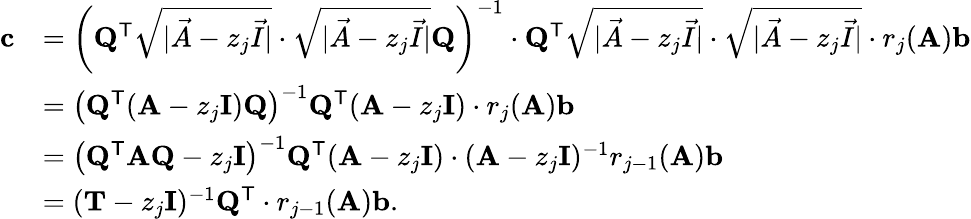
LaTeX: \begin{array}{rl}{\mathbf{c}}&{=\left(\mathbf{Q}^{\mathsf{T}}\sqrt{|\vec{A}-z_{j}\vec{I}|}\cdot\sqrt{|\vec{A}-z_{j}\vec{I}|}\mathbf{Q}\right)^{-1}\cdot\mathbf{Q}^{\mathsf{T}}\sqrt{|\vec{A}-z_{j}\vec{I}|}\cdot\sqrt{|\vec{A}-z_{j}\vec{I}|}\cdot r_{j}(\mathbf{A})\mathbf{b}}\\ &{=\left(\mathbf{Q}^{\mathsf{T}}(\mathbf{A}-z_{j}\mathbf{I})\mathbf{Q}\right)^{-1}\mathbf{Q}^{\mathsf{T}}(\mathbf{A}-z_{j}\mathbf{I})\cdot r_{j}(\mathbf{A})\mathbf{b}}\\ &{=\left(\mathbf{Q}^{\mathsf{T}}\mathbf{A}\mathbf{Q}-z_{j}\mathbf{I}\right)^{-1}\mathbf{Q}^{\mathsf{T}}(\mathbf{A}-z_{j}\mathbf{I})\cdot(\mathbf{A}-z_{j}\mathbf{I})^{-1}r_{j-1}(\mathbf{A})\mathbf{b}}\\ &{=(\mathbf{T}-z_{j}\mathbf{I})^{-1}\mathbf{Q}^{\mathsf{T}}\cdot r_{j-1}(\mathbf{A})\mathbf{b}.}\end{array}